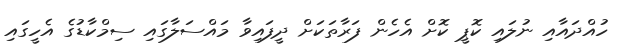
ހުއްދައާއި ނުލައި ކޮޕީ ކޮށް އެހެން ފަރާތަކަށް ދީފައިވާ މައްސަލާގައި ސިމްކާޑުގެ އެހީގައި